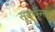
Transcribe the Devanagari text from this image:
सूक्ष्मत